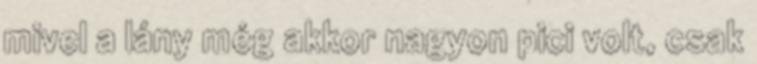
mivel a lány még akkor nagyon pici volt, csak